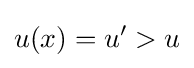
u(x)=u^{\prime }>u